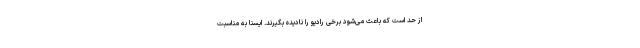
از حد است که باعث می‌شود برخی رادیو را نادیده بگیرند. ایسنا به مناسبت